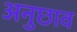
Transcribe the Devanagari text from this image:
अनुछाव